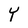
Character: Y